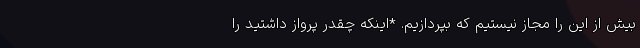
بیش از این را مجاز نیستیم که بپردازیم. *اینکه چقدر پرواز داشتید را